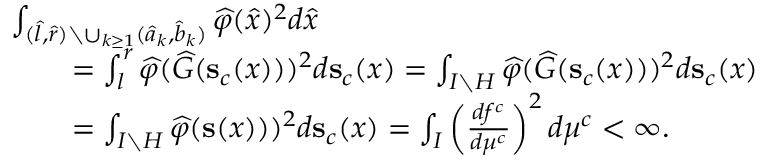
\begin{array} { r l } & { \int _ { ( \widehat { l } , \widehat { r } ) \setminus \cup _ { k \geq 1 } ( \widehat { a } _ { k } , \widehat { b } _ { k } ) } \widehat { \varphi } ( \widehat { x } ) ^ { 2 } d \widehat { x } } \\ & { \qquad = \int _ { l } ^ { r } \widehat { \varphi } ( \widehat { G } ( \mathbf { s } _ { c } ( x ) ) ) ^ { 2 } d \mathbf { s } _ { c } ( x ) = \int _ { I \setminus H } \widehat { \varphi } ( \widehat { G } ( \mathbf { s } _ { c } ( x ) ) ) ^ { 2 } d \mathbf { s } _ { c } ( x ) } \\ & { \qquad = \int _ { I \setminus H } \widehat { \varphi } ( \mathbf { s } ( x ) ) ) ^ { 2 } d \mathbf { s } _ { c } ( x ) = \int _ { I } \left( \frac { d f ^ { c } } { d \mu ^ { c } } \right) ^ { 2 } d \mu ^ { c } < \infty . } \end{array}